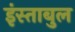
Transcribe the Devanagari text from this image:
इंस्ताबुल